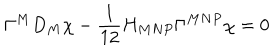
\Gamma ^ { M } D _ { M } \chi - \frac 1 { 1 2 } H _ { M N P } \Gamma ^ { M N P } \chi = 0